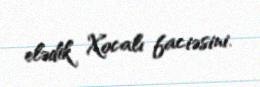
elədik Xocalı faciəsini.